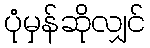
ပုံမှန်ဆိုလျှင်